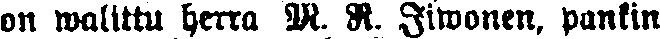
on walittu herra M. N. Iiwonen, pankin